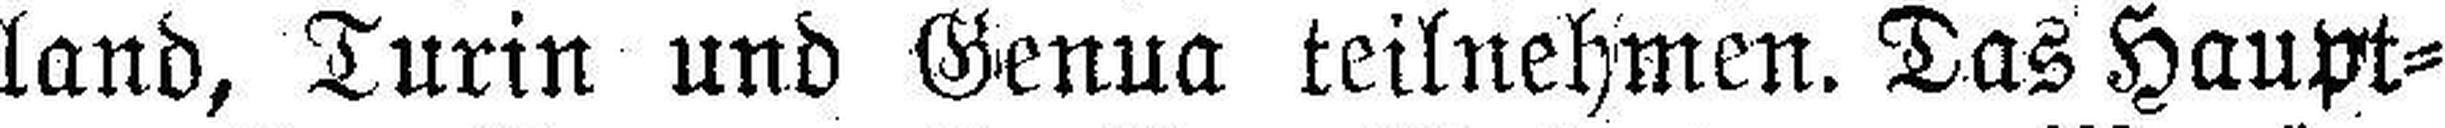
land, Turin und Genua teilnehmen. Das Haupt¬